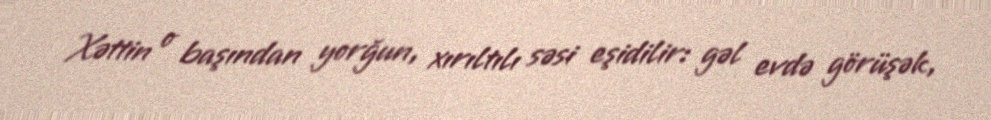
Xəttin o başından yorğun, xırıltılı səsi eşidilir: gəl evdə görüşək,